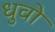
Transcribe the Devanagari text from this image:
धुवो